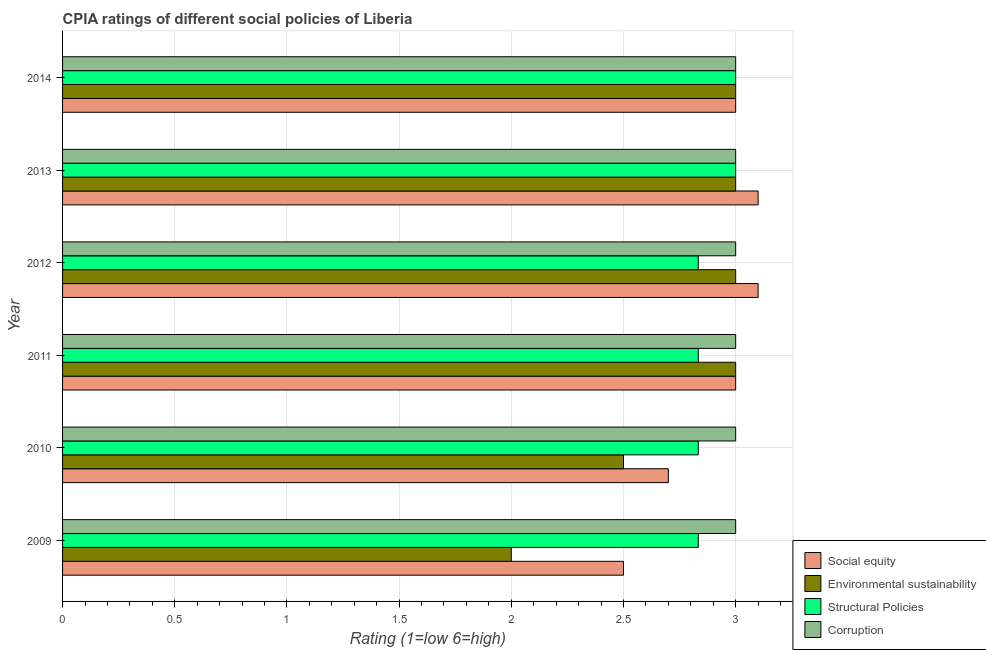
| Year | Social equity | Environmental sustainability | Structural Policies | Corruption |
 | --- | --- | --- | --- | --- |
 | 2009 | 2.5 | 2 | 2.83 | 3 |
 | 2010 | 2.7 | 2.5 | 2.83 | 3 |
 | 2011 | 3 | 3 | 2.83 | 3 |
 | 2012 | 3.1 | 3 | 2.83 | 3 |
 | 2013 | 3.1 | 3 | 3 | 3 |
 | 2014 | 3 | 3 | 3 | 3 |